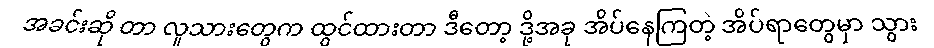
အခင်းဆို တာ လူသားတွေက ထွင်ထားတာ ဒီတော့ ဒို့အခု အိပ်နေကြတဲ့ အိပ်ရာတွေမှာ သွား